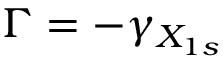
\Gamma = - \gamma _ { X _ { 1 s } }